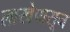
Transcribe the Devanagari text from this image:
लाखेपासून